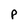
Character: P